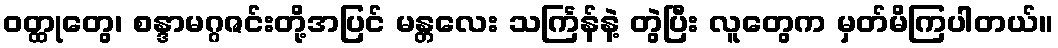
ဝတ္ထုတွေ၊ စန္ဒာမဂ္ဂဇင်းတို့အပြင် မန္တလေး သင်္ကြန်နဲ့ တွဲပြီး လူတွေက မှတ်မိကြပါတယ်။